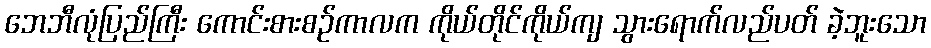
ဘေဘီလုံပြည်ကြီး ကောင်းစားစဉ်ကာလက ကိုယ်တိုင်ကိုယ်ကျ သွားရောက်လည်ပတ် ခဲ့ဘူးသော